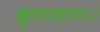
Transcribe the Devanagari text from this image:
कुदारदारा।।